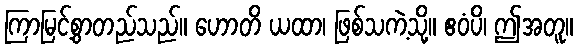
ကြာမြင့်စွာတည်သည်။ ဟောတိ ယထာ၊ ဖြစ်သကဲ့သို့။ ဧဝံပိ၊ ဤအတူ။